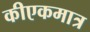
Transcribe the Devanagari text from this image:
कीएकमात्र